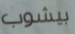
بيشوب